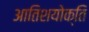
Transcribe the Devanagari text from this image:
आतिशयोक्ति